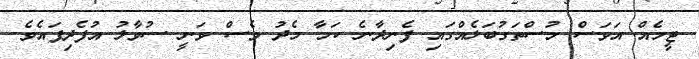
ޓީމެއް އަވަސް މުސްތަގުބަލެއްގައި ފެނިދާނެ ކަމާ މެދު ވެސް ވަނީ ސުވާލު އުފެދިފައެވެ.